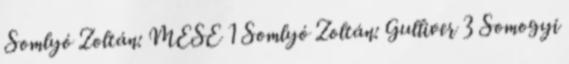
Somlyó Zoltán: MESE 1 Somlyó Zoltán: Gulliver 3 Somogyi